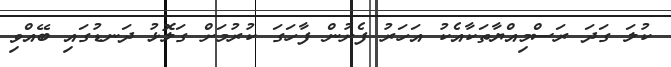
ކުލަ ގަދަ ރަސްމިއްޔާތަކާއެކު އަހަރު ފެށުން ފާހަގަ ކުރުމަށް ގަލޮޅު ދަނޑުގައި ބޭއްވި